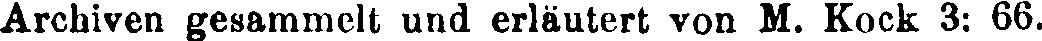
Archiven gesammelt und erläutert von M. Kock 3: 66.